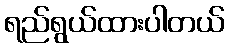
ရည်ရွယ်ထားပါတယ်